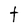
Character: t